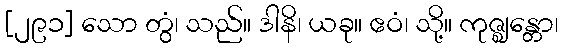
[၂၉၁] သော တွံ၊ သည်။ ဒါနိ၊ ယခု။ ဧဝံ၊ သို့။ ကုဇ္ဈန္တော၊